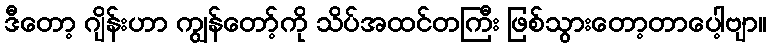
ဒီတော့ ဂျိန်းဟာ ကျွန်တော့်ကို သိပ်အထင်တကြီး ဖြစ်သွားတော့တာပေါ့ဗျာ။